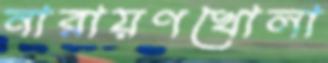
নারায়ণখোলা